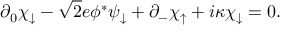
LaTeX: \partial _ { 0 } \chi _ { \downarrow } - \sqrt { 2 } e \phi ^ { * } \psi _ { \downarrow } + \partial _ { - } \chi _ { \uparrow } + i \kappa \chi _ { \downarrow } = 0 .